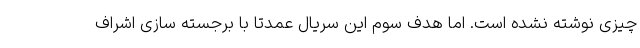
چیزی نوشته نشده است. اما هدف سوم این سریال عمدتا با برجسته سازی اشراف